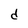
Character: d